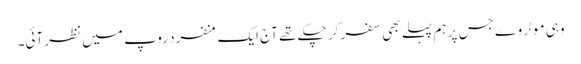
وہی موٹر وے جس پر ہم پہلے بھی سفر کر چکے تھے آج ایک منفرد روپ میں نظر آئی۔